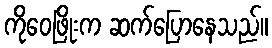
ကိုဝေဖြိုးက ဆက်ပြောနေသည်။